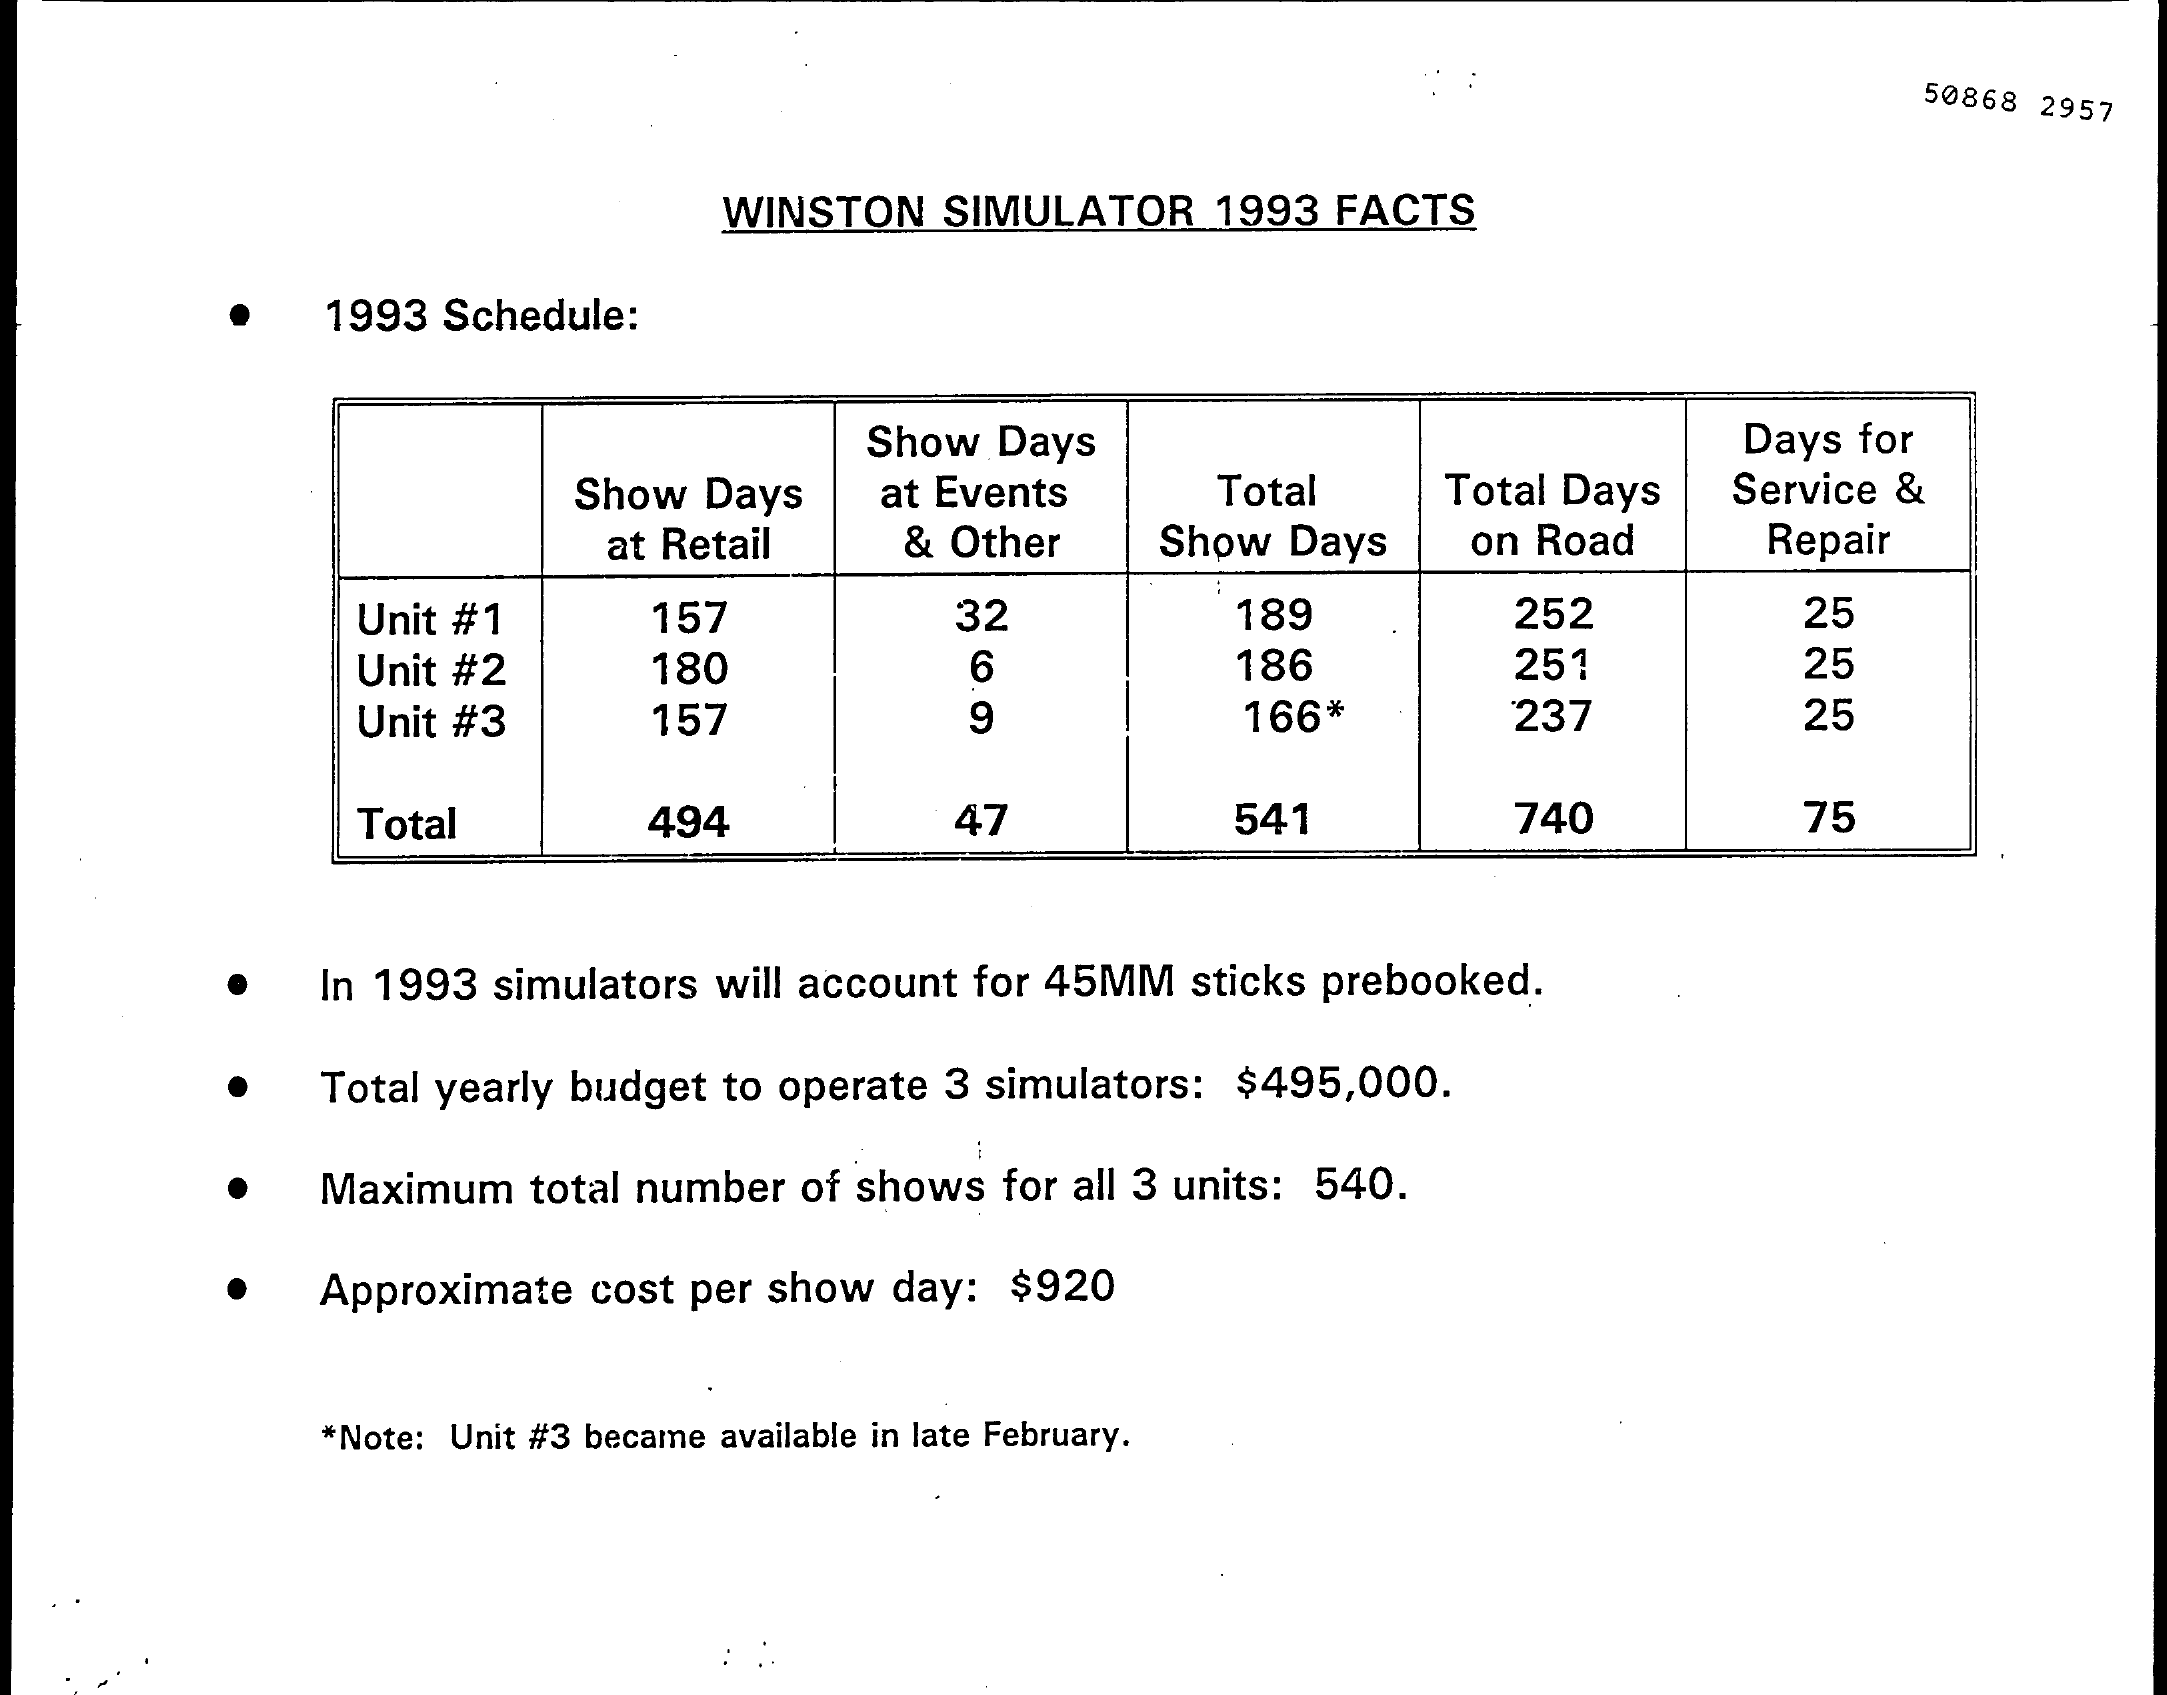
50868 2957
     WINSTON SIMULATOR   1993 FACTS
     1993 Schedule:
     Show Days    Days for
     Show Days   at Events    Total    Total Days  Service &
     at Retail   & Other   Show Days    on Road    Repair
     Unit #1    157    32    189    252    25
     Unit #2    180    6    186    251    25
     Unit #3    157    9    166*    237    25
     Total    494    47    541    740    75
     In 1993 simulators will account for 45MM sticks prebooked.
     Total yearly budget to operate 3 simulators: $495,000.
     Maximum  total number of shows for all 3 units: 540.
     Approximate cost per show day: $920
     *Note: Unit #3 became available in late February.